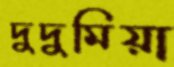
দুদুমিয়া